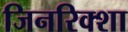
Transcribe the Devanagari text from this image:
जिनरिक्शा